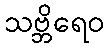
သဗ္ဘိရေဝ